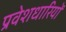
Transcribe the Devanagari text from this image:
प्रवेशधारियों